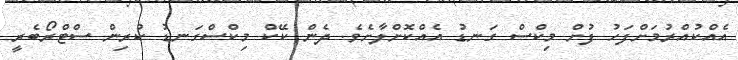
އެއްކުއްރުމަށްފަހު ފުށް މިކްސް ގަނޑު އެއްކޮށްލާށެވެ. ދެން ކޭކް މިކްސްގަނޑު ކުރިން ސްޓްރޯބެރީ